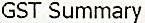
GST SUMMARY